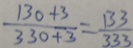
\frac { 1 3 0 + 3 } { 3 3 0 + 3 } = \frac { 1 3 3 } { 3 3 3 }